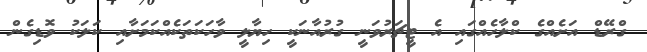
ގްރޭޑް އަށެއްގެ ކްލާހެއްގައި އެ ޓީޗަރުވަނީ ގުރުއާނަކީ ހިޔާލީ ވާހަކަތަކެއްކަމަށާއި ކަލަކު ވޮޑިގެން